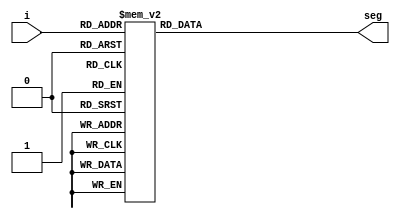
`timescale 1ns / 1ps
//////////////////////////////////////////////////////////////////////////////////
// Company: 
// Engineer: 
// 
// Design Name: 
// Module Name: lab4_2_display
// Project Name: 
// Target Devices: 
// Tool Versions: 
// Description: 
// 
// Dependencies: 
// 
// Revision:
// Revision 0.01 - File Created
// Additional Comments:
// 
//////////////////////////////////////////////////////////////////////////////////

`define SS_0 8'b00000011 // 0
`define SS_1 8'b10011111 // 1
`define SS_2 8'b00100101 // 2
`define SS_3 8'b00001101 // 3
`define SS_4 8'b10011001 // 4
`define SS_5 8'b01001001 // 5
`define SS_6 8'b01000001 // 6
`define SS_7 8'b00011111 // 7
`define SS_8 8'b00000001 // 8
`define SS_9 9'b00001001 // 9
`define SS_A 8'b00010001 // A
`define SS_B 8'b11000001 // b
`define SS_C 8'b01100011 // C
`define SS_D 8'b10000101 // d
`define SS_E 8'b01100001 // E
`define SS_F 9'b01110001 // F
`define SS_DEF 8'b11111111 // default, all LEDs being lighted


module lab4_2_display(seg, i);

output [7:0] seg;
input [3:0] i;

reg [7:0] seg;

always@*
    case(i)
        4'd0: seg = `SS_0; 
        4'd1: seg = `SS_1; 
        4'd2: seg = `SS_2; 
        4'd3: seg = `SS_3; 
        4'd4: seg = `SS_4; 
        4'd5: seg = `SS_5; 
        4'd6: seg = `SS_6; 
        4'd7: seg = `SS_7; 
        4'd8: seg = `SS_8; 
        4'd9: seg = `SS_9; 
        4'd10: seg = `SS_A;
        4'd11: seg = `SS_B;
        4'd12:  seg = `SS_C;
        4'd13: seg = `SS_D;
        4'd14: seg = `SS_E;
        4'd15: seg = `SS_F;
        default: seg = `SS_DEF;
    endcase 

endmodule